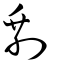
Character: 剰